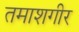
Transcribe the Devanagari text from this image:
तमाशगीर